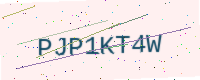
Text: PJP1KT4W